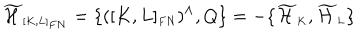
\widetilde { \cal H } _ { \scriptscriptstyle [ K , L ] _ { F N } } = \{ ( [ K , L ] _ { \scriptscriptstyle F N } ) ^ { \wedge } , Q \} = - \{ \widetilde { \cal H } _ { \scriptscriptstyle K } , \widetilde { \cal H } _ { \scriptscriptstyle L } \}